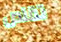
تقلص